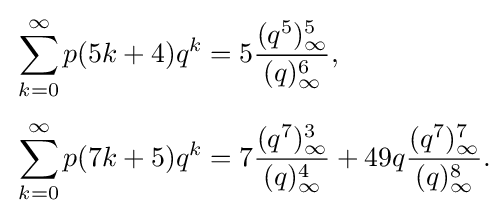
{\begin{aligned}&\sum _{k=0}^{\infty }p(5k+4)q^{k}=5{\frac {(q^{5})_{\infty }^{5}}{(q)_{\infty }^{6}}},\\[4pt]&\sum _{k=0}^{\infty }p(7k+5)q^{k}=7{\frac {(q^{7})_{\infty }^{3}}{(q)_{\infty }^{4}}}+49q{\frac {(q^{7})_{\infty }^{7}}{(q)_{\infty }^{8}}}.\end{aligned}}